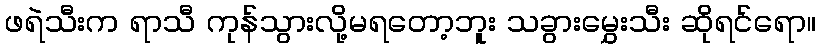
ဖရဲသီးက ရာသီ ကုန်သွားလို့မရတော့ဘူး သခွားမွှေးသီး ဆိုရင်ရော။